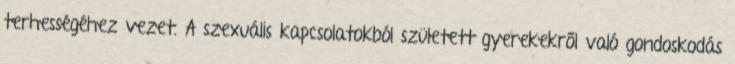
terhességéhez vezet. A szexuális kapcsolatokból született gyerekekről való gondoskodás